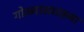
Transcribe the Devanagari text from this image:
गोळ्यासारख्या